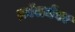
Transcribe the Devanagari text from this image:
क्रॉसमेंबर